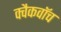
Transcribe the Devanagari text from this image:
क्वैकवॉच